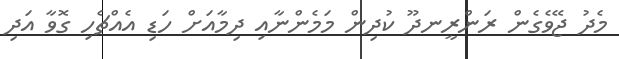
މެދު ޖޭވެގެން ރަންރީނދޫ ކުދިން މަމެންނާއި ދިމާއަށް ހަޑި އެއްޗެހި ގޮވާ އަދި